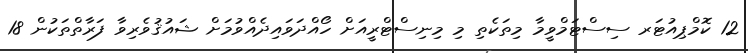
12 ކޮމްޕިއުޓަރ ސިސްޓަމްވީމާ މިތަކެތި މި މިނިސްޓްރީއަށް ހޯއްދަވައިދެއްވުމަށް ޝައުޤުވެރިވާ ފަރާތްތަކުން 18